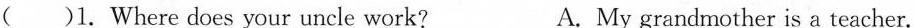
( )1.Where does your uncle work? A. My grandmother is a teacher.